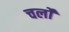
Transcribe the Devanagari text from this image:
चर्लो